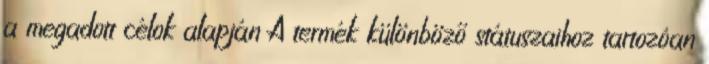
a megadott célok alapján A termék különböző státuszaihoz tartozóan